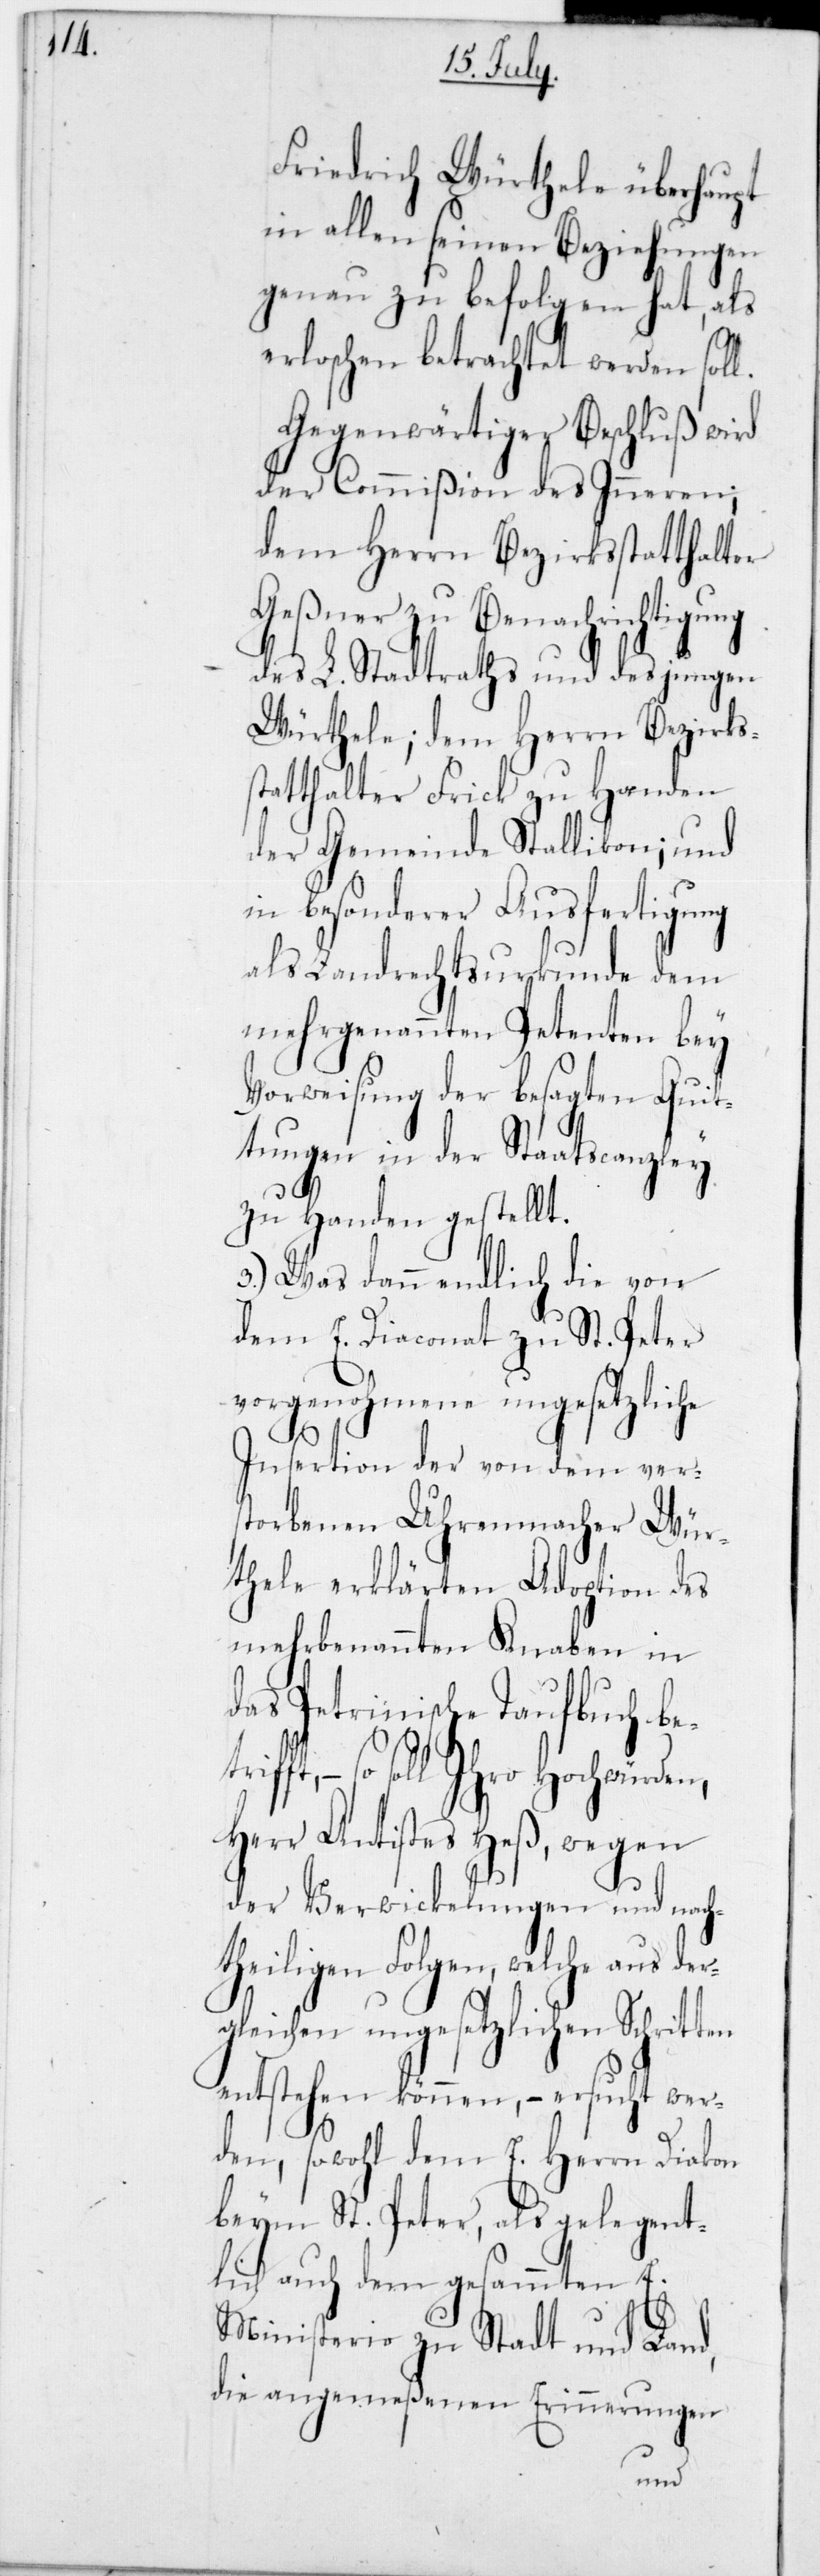
trifft,
Friedrich Würthele überhaupt
in allen seinen Beziehungen
genau zu befolgen hat, als
erloschen betrachtet werden soll.
Gegenwärtiger Beschluß wird
der Commißion des Inneren;
dem Herrn Bezirksstatthalter
Geßner zu Benachrichtigung
des L. Stadtraths und des jungen
Würthele; dem Herrn Bezirks¬
statthalter Frick zu Handen
der Gemeinde Stallikon; und
in besonderer Ausfertigung
als Landrechtsurkunde dem
mehrgenannten Petenten bey
Vorweisung der besagten Quit¬
tungen in der Staatscanzley
zu Handen gestellt.
3.) Was dann endlich die von
dem E. Diaconat zu St. Peter
vorgenohmene ungesetzliche
Insertion der von dem ver¬
storbenen Uhrenmacher Wür¬
thele erklärten Adoption des
mehrbenannten Knaben in
das Petrinische Taufbuch be¬
– so soll Ihro Hochwürden,
Herr Antistes Heß, wegen
der Verwickelungen und nach¬
theiligen Folgen, welche aus de¬
rgleichen ungesetzlichen Schritten
entstehen können, – ersucht wer¬
den, sowohl dem E. Herrn Diakon
beym St. Peter, als gelegent¬
lich auch dem gesammten E.
Ministerio zu Stadt und Land,
die angemeßenen Erinnerungen